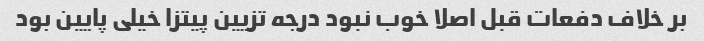
بر خلاف دفعات قبل اصلا خوب نبود درجه تزیین پیتزا خیلی پایین بود